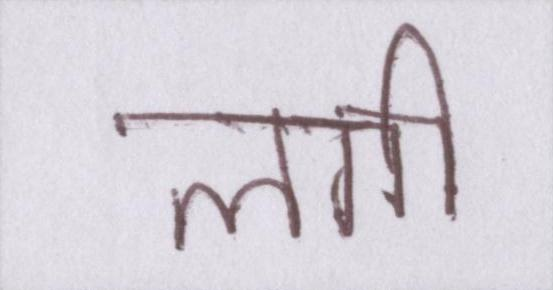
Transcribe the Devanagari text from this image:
लगी